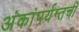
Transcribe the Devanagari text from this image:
अंकांपर्यन्तची